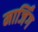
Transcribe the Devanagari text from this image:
मार्जिंग